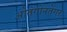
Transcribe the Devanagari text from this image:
ओतगोनतेंगर